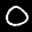
Label: 0